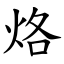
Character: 烙